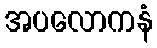
အပလောကနံ